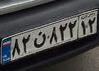
۸۲ن۸۲۲۱۲